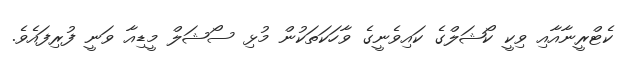
ކެޓްރީނާއާއި ވިކީ ކޯޝަލްގެ ކައިވެނީގެ ވާހަކަތަކުން މުޅި ސޯޝަލް މީޑިއާ ވަނީ ފުރިފައެވެ.